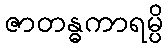
ဇာတန္ဓကာရမ္ပိ